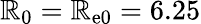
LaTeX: \mathbb{R}_{\mathrm{{0}}}=\mathbb{R}_{\mathrm{{e0}}}=6.25